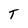
Character: T